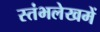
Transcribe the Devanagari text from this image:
स्‍तंभलेखमें